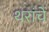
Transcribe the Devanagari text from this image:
थरांचे